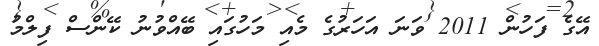
އޭގެ ފަހުން 2011 ވަނަ އަހަރުގެ މެއި މަހުގައި ބޭއްވުނު ކޭންސް ފިލްމު